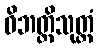
ဝိဘတ္တိသုတ္တံ